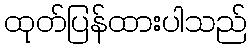
ထုတ်ပြန်ထားပါသည်